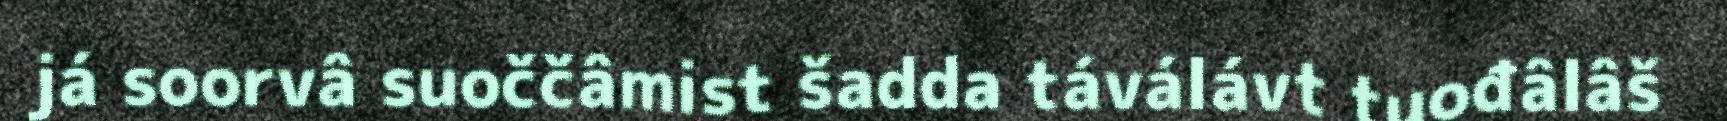
já soorvâ suoččâmist šadda táválávt tuođâlâš